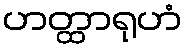
ဟတ္ထာရုဟံ